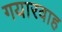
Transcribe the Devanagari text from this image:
गयारवाह